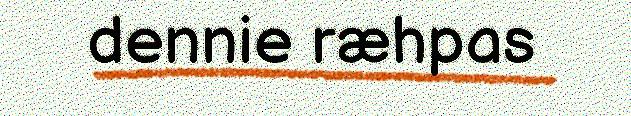
dennie ræhpas